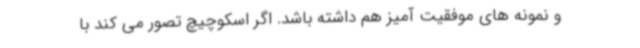
و نمونه های موفقیت آمیز هم داشته باشد. اگر اسکوچیچ تصور می کند با